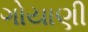
ગોયાણી